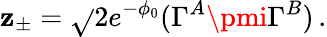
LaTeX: \mathbf{z}_{\pm}=\sqrt{}{{2}}e^{-\phi_{0}}(\Gamma^{A}\pmi\Gamma^{B})\, .